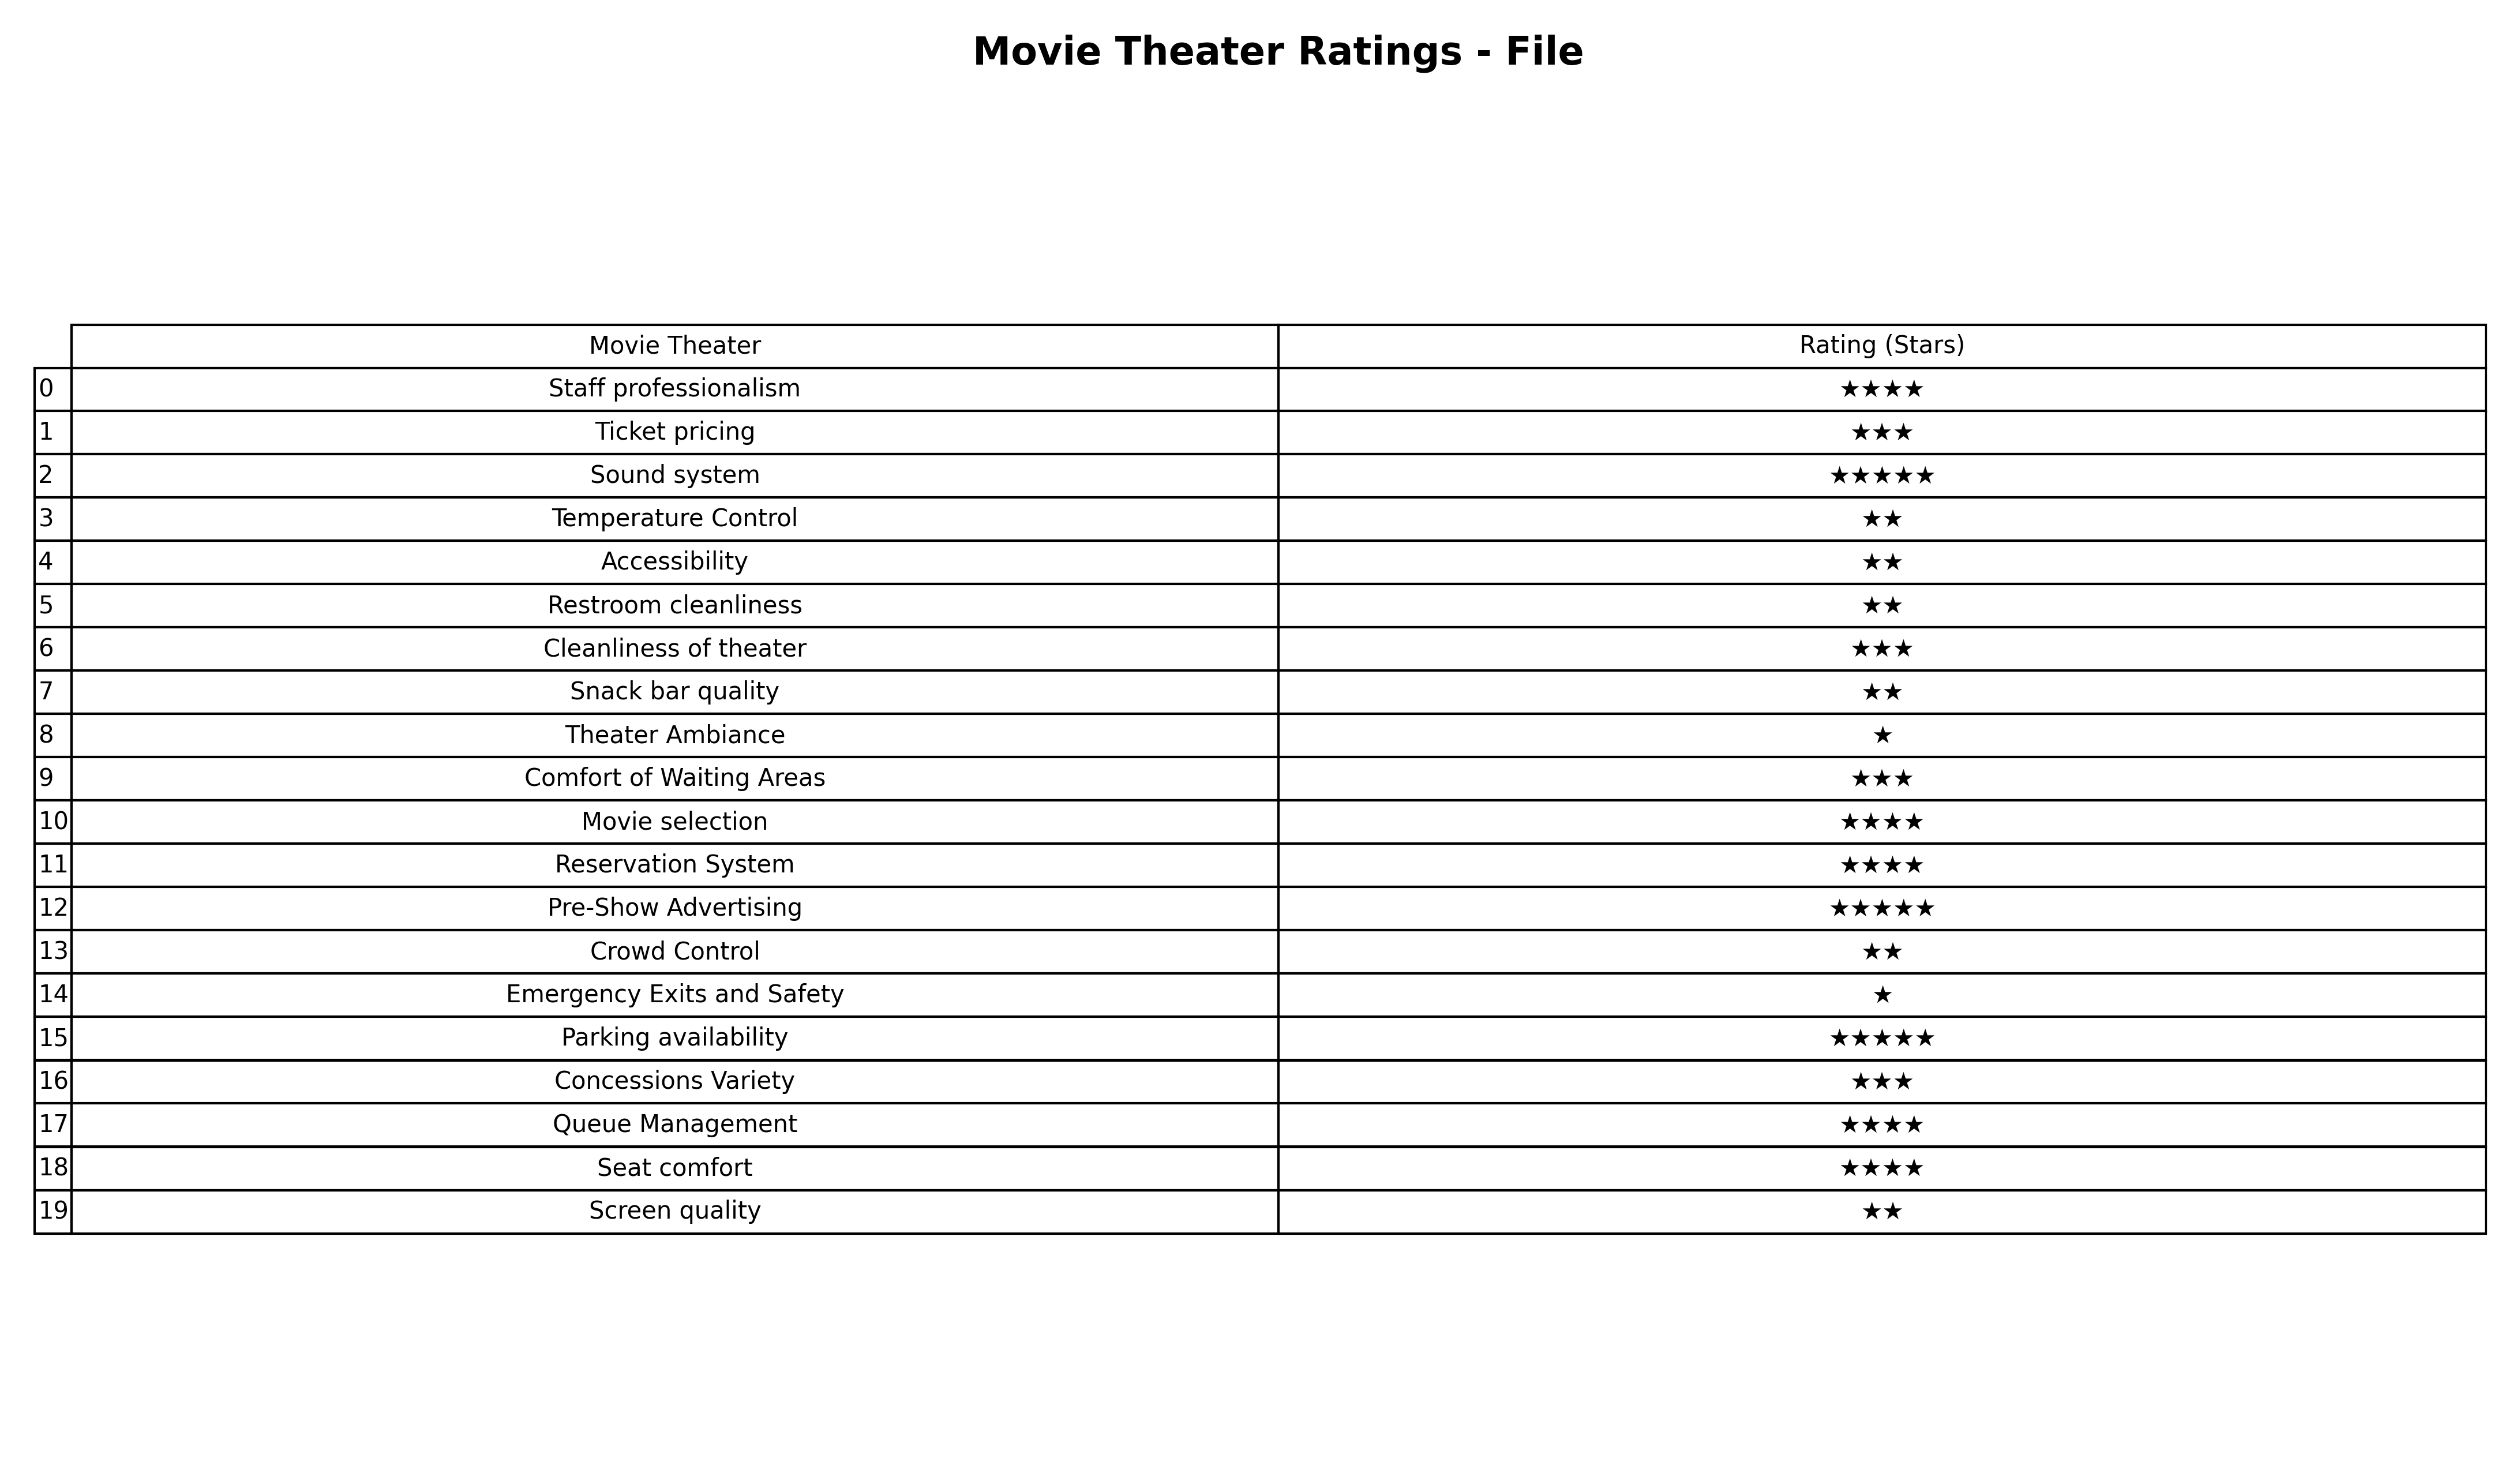
question: What is the rating of Movie selection?
answer: ★★★★